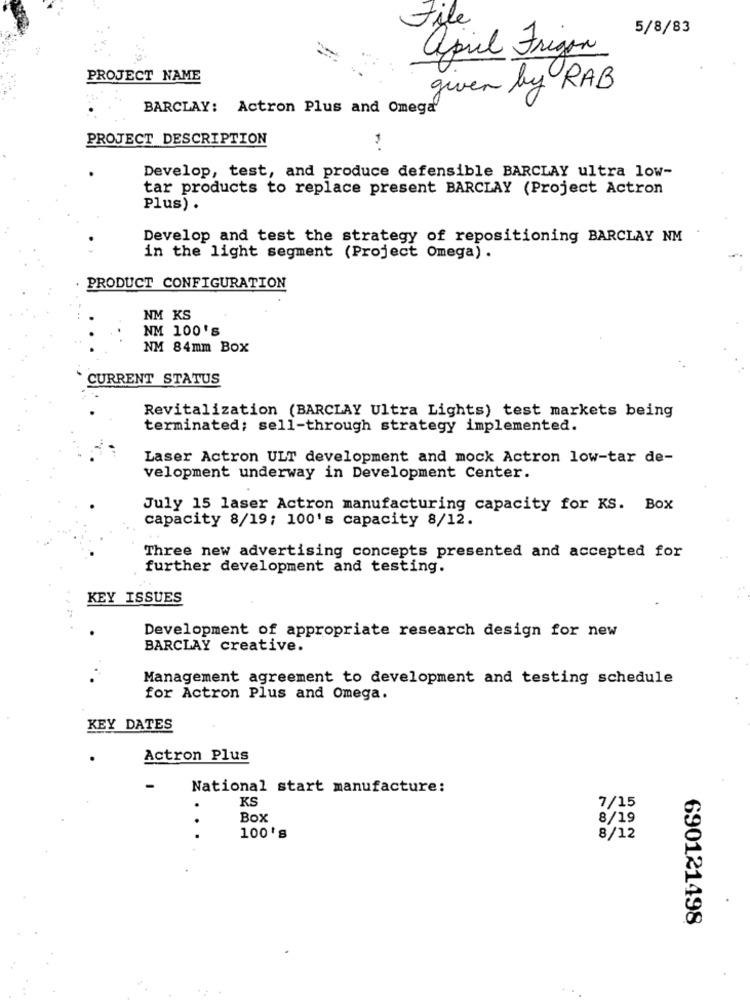
File
5/8/83
april Frigor
PROJECT NAME
given by RAB
BARCLAY: Actron Plus and Omega'
PROJECT DESCRIPTION
Develop, test, and produce defensible BARCLAY ultra low-
tar products to replace present BARCLAY (Project Actron
Plus) .
Develop and test the strategy of repositioning BARCLAY NM
in the light segment (Project Omega) .
PRODUCT CONFIGURATION
NM KS
NM 100's
NM 84mm Box
CURRENT STATUS
Revitalization (BARCLAY Ultra Lights) test markets being
terminated; sell-through strategy implemented.
Laser Actron ULT development and mock Actron low-tar de-
velopment underway in Development Center.
July 15 laser Actron manufacturing capacity for KS. Box
capacity 8/19; 100's capacity 8/12.
Three new advertising concepts presented and accepted for
further development and testing.
KEY ISSUES
Development of appropriate research design for new
BARCLAY creative.
Management agreement to development and testing schedule
for Actron Plus and Omega.
KEY DATES
Actron Plus
National start manufacture:
KS
.
7/15
Box
8/19
100's
8/12
690121498